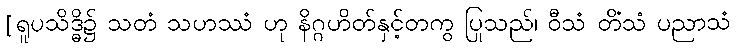
[ရူပသိဒ္ဓိ၌ သတံ သဟဿံ ဟု နိဂ္ဂဟိတ်နှင့်တကွ ပြုသည်၊ ဝီသံ တိံသံ ပညာသံ